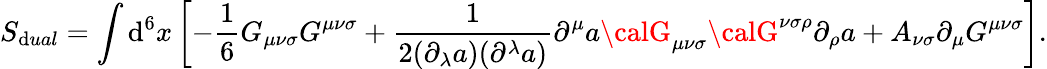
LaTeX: S_{\mathrm{d}ual}=\int\mathrm{d}^{6}x\left[-{\frac{1}{6}}G_{{\mu}{\nu}{\sigma}}G^{{\mu}{\nu}{\sigma}}+\frac{{1}}{{2({\partial}_{\lambda}a)({\partial}^{\lambda}a)}}{\partial}^{\mu}a{\calG}_{{\mu}{\nu}{\sigma}}{\calG}^{{\nu}{\sigma}{\rho}}{\partial}_{\rho}a+A_{{\nu}{\sigma}}{\partial}_{{\mu}}G^{{\mu}{\nu}{\sigma}}\right].